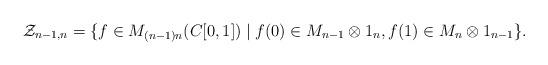
LaTeX: \begin{align*}\mathcal Z_{n-1,n}=\{f\in M_{(n-1)n}(C[0,1])\mid f(0)\in M_{n-1}\otimes 1_{n},f(1)\in M_{n}\otimes 1_{n-1}\}.\end{align*}